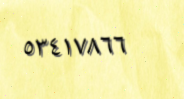
٥٣٤١٧٨٦٦